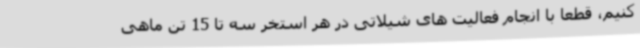
کنیم، قطعا با انجام فعالیت های شیلاتی در هر استخر سه تا 15 تن ماهی